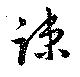
踈